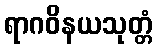
ရာဂဝိနယသုတ္တံ